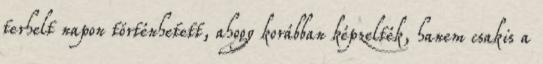
terhelt napon történhetett, ahogy korábban képzelték, hanem csakis a